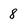
Character: 8